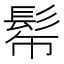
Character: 𩬓